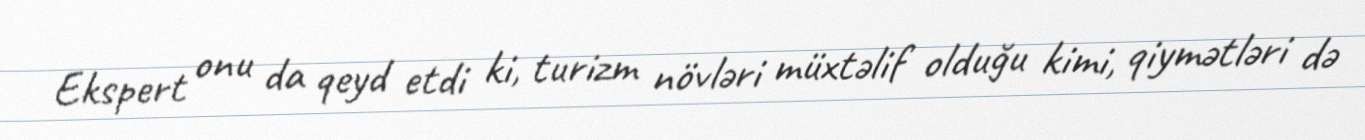
Ekspert onu da qeyd etdi ki, turizm növləri müxtəlif olduğu kimi, qiymətləri də